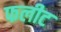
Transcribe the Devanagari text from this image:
फलीट